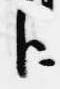
臣